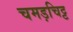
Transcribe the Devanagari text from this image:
चमड़चिट्ट